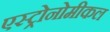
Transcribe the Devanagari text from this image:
एस्ट्रोनोमीकल